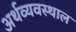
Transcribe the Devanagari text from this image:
अर्थव्यवस्थाल